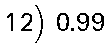
12) 0.99